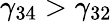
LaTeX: \gamma_{34}>\gamma_{32}